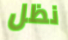
نظل